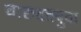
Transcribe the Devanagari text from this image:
चारुदत्तबुवा